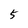
Character: 5